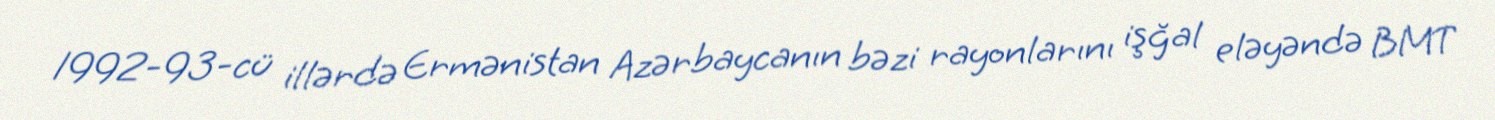
1992-93-cü illərdə Ermənistan Azərbaycanın bəzi rayonlarını işğal eləyəndə BMT